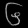
Digit: ၆